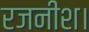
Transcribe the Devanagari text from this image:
रजनीश।